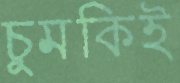
চুমকিই